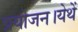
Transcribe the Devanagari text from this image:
प्रयोजन।येथें